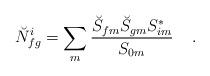
LaTeX: \begin{align*}\breve{N}^{i}_{fg} = \sum_{m} {\breve{S}_{fm} \breve{S}_{gm} {S}^*_{im} \over {S}_{0m}} \;\;\;\; .\end{align*}